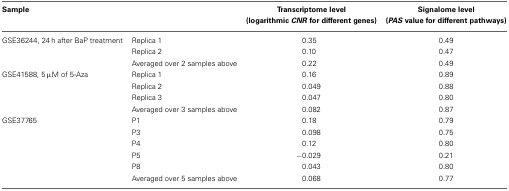
<table><thead><tr><td colspan="2"><b>Sample</b></td><td><b>Transcriptome level (logarithmic <i>CNR</i> for different genes)</b></td><td><b>Signalome level (<i>PAS</i> value for different pathways)</b></td></tr></thead><tbody><tr><td>GSE36244, 24 h after BaP treatment</td><td>Replica 1</td><td>0.35</td><td>0.49</td></tr><tr><td></td><td>Replica 2</td><td>0.10</td><td>0.47</td></tr><tr><td></td><td>Averaged over 2 samples above</td><td>0.22</td><td>0.49</td></tr><tr><td>GSE41588, 5 μM of 5-Aza</td><td>Replica 1</td><td>0.16</td><td>0.89</td></tr><tr><td></td><td>Replica 2</td><td>0.049</td><td>0.88</td></tr><tr><td></td><td>Replica 3</td><td>0.047</td><td>0.80</td></tr><tr><td></td><td>Averaged over 3 samples above</td><td>0.082</td><td>0.87</td></tr><tr><td>GSE37765</td><td>P1</td><td>0.18</td><td>0.79</td></tr><tr><td></td><td>P3</td><td>0.098</td><td>0.75</td></tr><tr><td></td><td>P4</td><td>0.12</td><td>0.80</td></tr><tr><td></td><td>P5</td><td>−0.029</td><td>0.21</td></tr><tr><td></td><td>P8</td><td>0.043</td><td>0.80</td></tr><tr><td></td><td>Averaged over 5 samples above</td><td>0.068</td><td>0.77</td></tr></tbody></table>